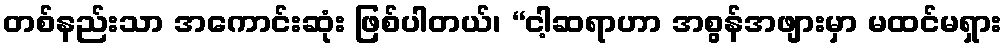
တစ်နည်းသာ အကောင်းဆုံး ဖြစ်ပါတယ်၊ “ငါ့ဆရာဟာ အစွန်အဖျားမှာ မထင်မရှား